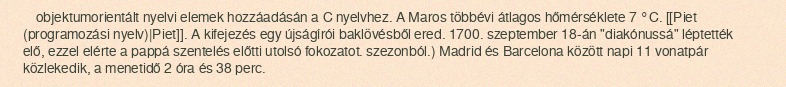
objektumorientált nyelvi elemek hozzáadásán a C nyelvhez. A Maros többévi átlagos hőmérséklete 7 °C. [[Piet (programozási nyelv)|Piet]]. A kifejezés egy újságírói baklövésből ered. 1700. szeptember 18-án "diakónussá" léptették elő, ezzel elérte a pappá szentelés előtti utolsó fokozatot. szezonból.) Madrid és Barcelona között napi 11 vonatpár közlekedik, a menetidő 2 óra és 38 perc.